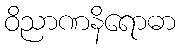
ဝိညာဏနိရောဓာ